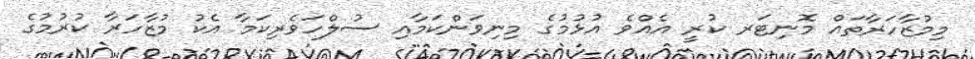
މިމުޒާހަރާތައް މޮނިޓަރ ކުރީ އެއްވެ އުޅުމުގެ މިނިވަންކަމާއި ސުލްހަވެރިކަމާ އެކު މުޒާހަރާ ކުރުމުގެ